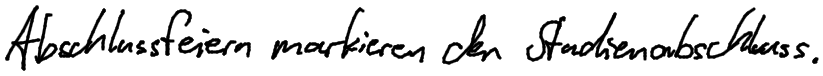
Abschlussfeiern markieren den Studienabschluss.